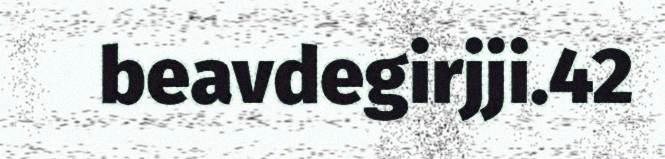
beavdegirjji.42